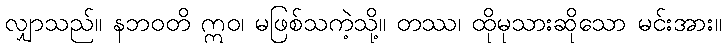
လျှာသည်။ နဘဝတိ ဣဝ၊ မဖြစ်သကဲ့သို့။ တဿ၊ ထိုမုသားဆိုသော မင်းအား။